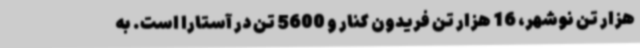
هزار تن نوشهر، 16 هزار تن فریدون کنار و 5600 تن در آستارا است. به